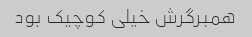
همبرگرش خیلی کوچیک بود